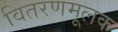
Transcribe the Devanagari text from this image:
वितरणमूलक